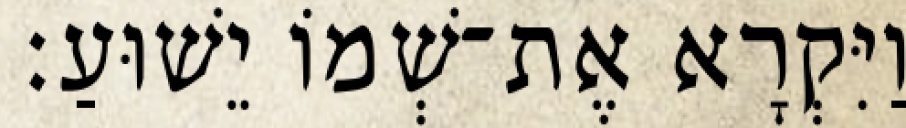
וַיִּקְרָא אֶת־שְׁמוֹ יֵשׁוּעַ׃